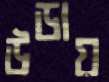
উডায়